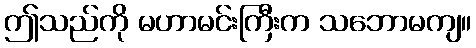
ဤသည်ကို မဟာမင်းကြီးက သဘောမကျ။